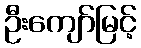
ဦးကျော်မြင့်